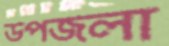
উপজলা